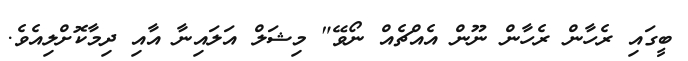
ބީގައި ރެހާން ރެހާން ނޫން އެއްޗެއް ނޯވޭ" މިޝަލް އަލައިނާ އާއި ދިމާކޮށްލިއެވެ.